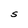
Character: S